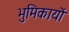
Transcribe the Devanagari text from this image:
भुमिकायों